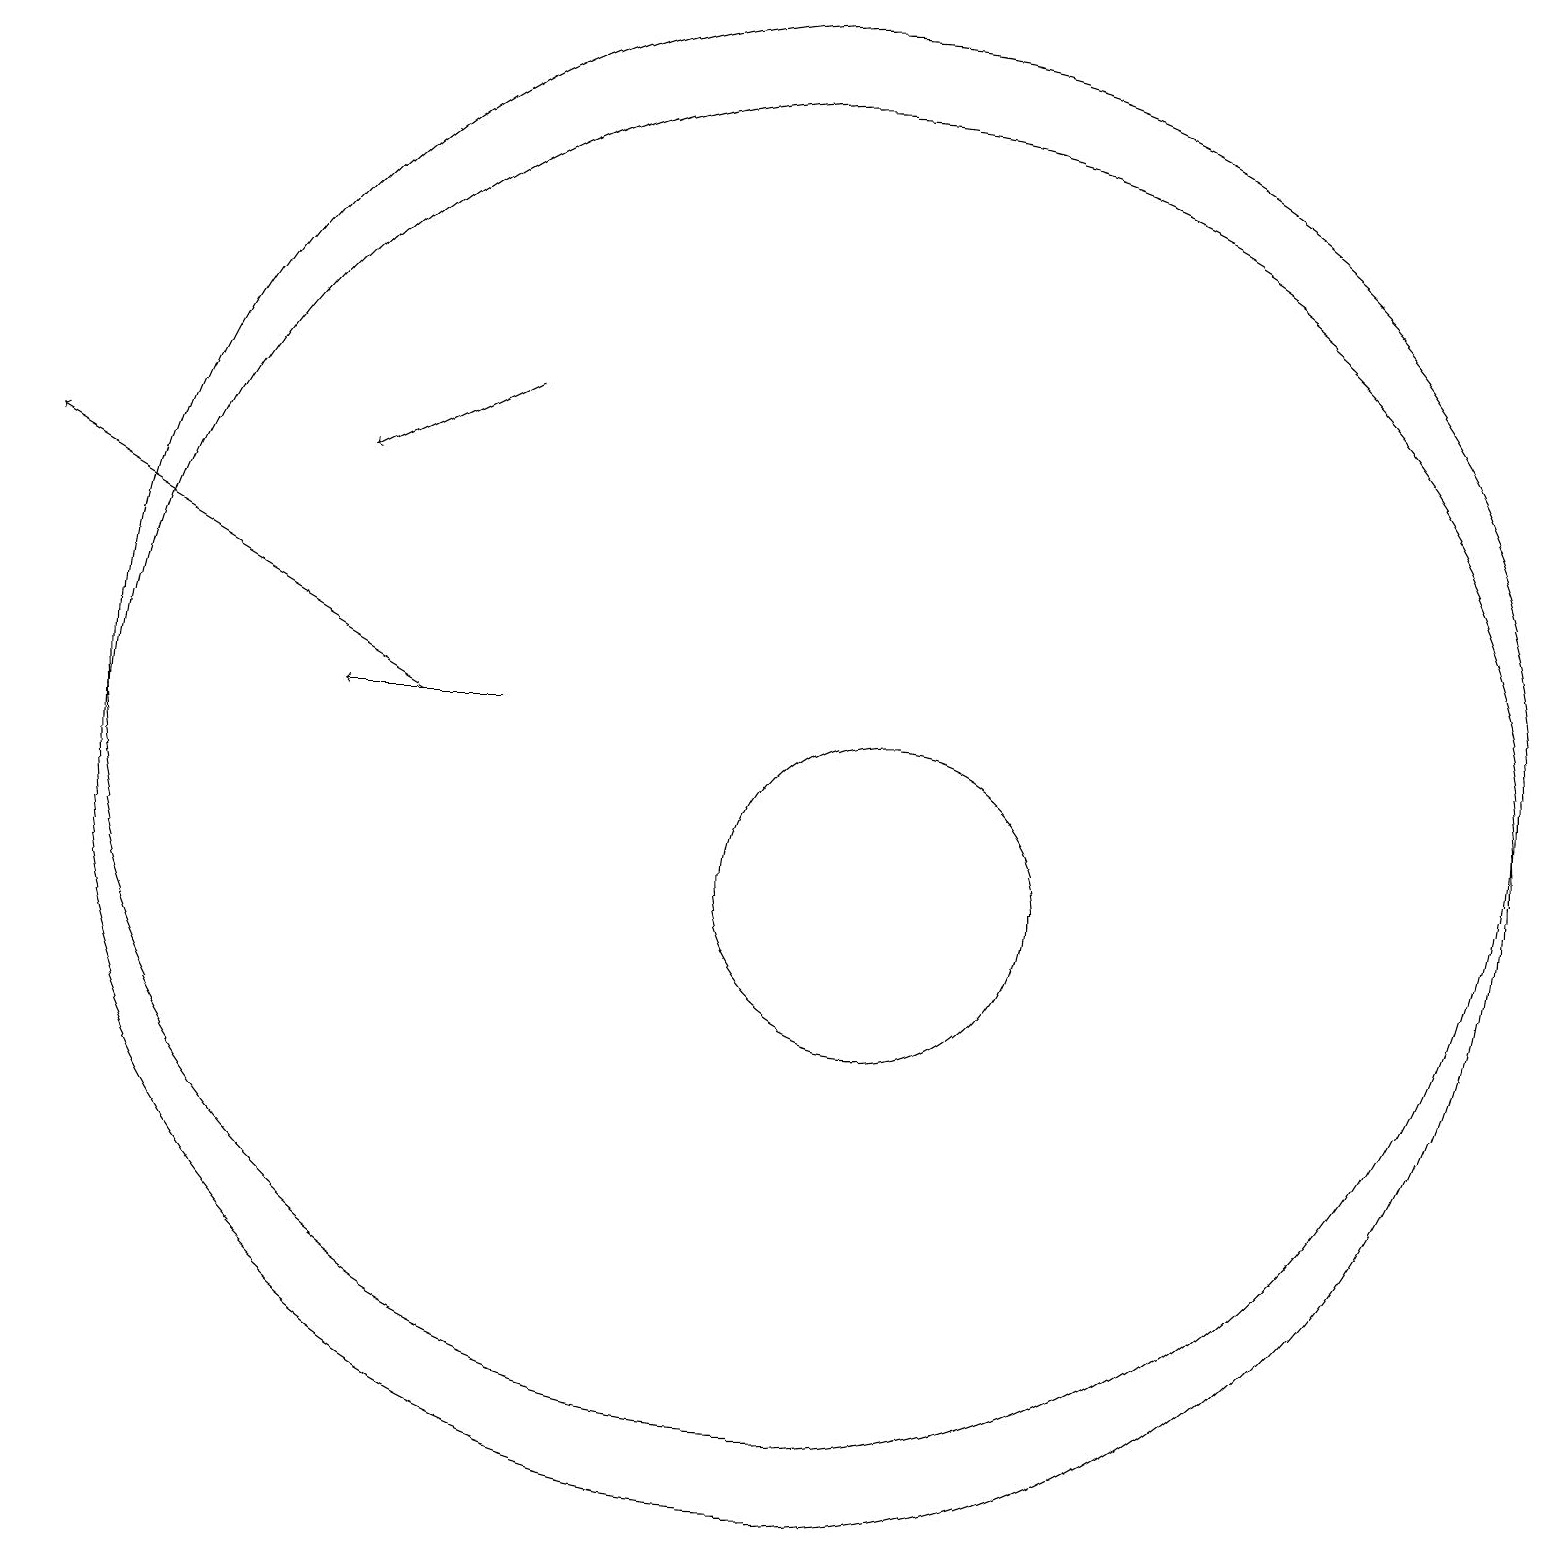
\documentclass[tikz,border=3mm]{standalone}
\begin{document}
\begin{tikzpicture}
\draw[->] (5,12) -- (0,15);
\draw (10,12) circle (9);
\draw[->] (6,12) -- (4,12);
\draw (10,11) circle (9);
\draw (11,10) circle (2);
\draw[->] (6,16) -- (4,15);
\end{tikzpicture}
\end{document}